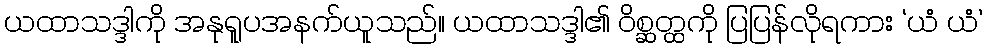
ယထာသဒ္ဒါကို အနုရူပအနက်ယူသည်။ ယထာသဒ္ဒါ၏ ဝိစ္ဆတ္ထကို ပြပြန်လိုရကား ‘ယံ ယံ’